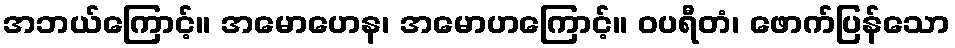
အဘယ်ကြောင့်။ အမောဟေန၊ အမောဟကြောင့်။ ဝပရီတံ၊ ဖောက်ပြန်သော